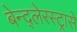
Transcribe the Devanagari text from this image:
बेन्द्लेरस्ट्रासे